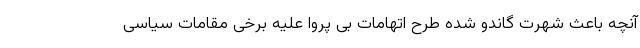
آنچه باعث شهرت گاندو شده طرح اتهامات بی پروا علیه برخی مقامات سیاسی